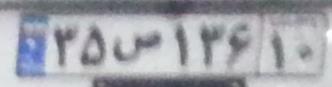
۳۵س۱۳۶۱۰